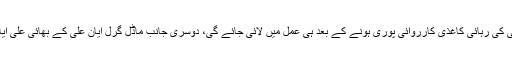
جیل انتظامیہ کا کہنا ہے کہ ایان علی کی رہائی کاغذی کارروائی پوری ہونے کے بعد ہی عمل میں لائی جائے گی، دوسری جانب ماڈل گرل ایان علی کے بھائی علی ایان کو لینے اڈیالہ جیل پہنچ گئے ہیں۔